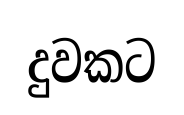
දුවකට